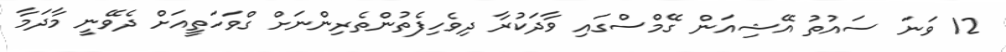
12 ވަނަ ސައުތު އޭޝިއަން ގޭމްސްގައި ވާދަކުރާ ދިވެހިފެތުންތެރިންނަށް ގްވަހަތީއަށް ދެވޭނީ މާދަމާ